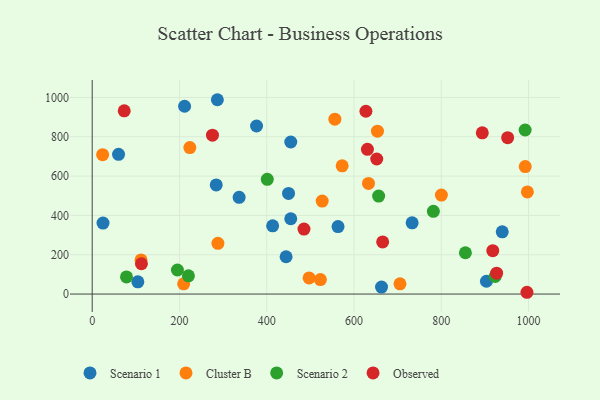
{"axis": {"x": "Ad Spend", "y": "Profit"}, "legend": ["Cluster B", "Observed", "Scenario 1", "Scenario 2"], "data": [{"x": "663.0", "y": 35.5, "type": "Scenario 1"}, {"x": "903.4", "y": 65.2, "type": "Scenario 1"}, {"x": "284.2", "y": 554.8, "type": "Scenario 1"}, {"x": "455.0", "y": 383.0, "type": "Scenario 1"}, {"x": "376.6", "y": 854.6, "type": "Scenario 1"}, {"x": "60.4", "y": 710.5, "type": "Scenario 1"}, {"x": "24.8", "y": 360.9, "type": "Scenario 1"}, {"x": "939.6", "y": 316.5, "type": "Scenario 1"}, {"x": "444.3", "y": 189.8, "type": "Scenario 1"}, {"x": "563.3", "y": 343.0, "type": "Scenario 1"}, {"x": "455.0", "y": 773.4, "type": "Scenario 1"}, {"x": "286.8", "y": 988.3, "type": "Scenario 1"}, {"x": "104.6", "y": 62.1, "type": "Scenario 1"}, {"x": "336.7", "y": 491.9, "type": "Scenario 1"}, {"x": "413.5", "y": 346.9, "type": "Scenario 1"}, {"x": "733.1", "y": 362.5, "type": "Scenario 1"}, {"x": "211.7", "y": 955.2, "type": "Scenario 1"}, {"x": "449.9", "y": 511.7, "type": "Scenario 1"}, {"x": "997.2", "y": 519.5, "type": "Cluster B"}, {"x": "633.1", "y": 562.8, "type": "Cluster B"}, {"x": "497.0", "y": 81.9, "type": "Cluster B"}, {"x": "705.3", "y": 52.3, "type": "Cluster B"}, {"x": "23.9", "y": 709.1, "type": "Cluster B"}, {"x": "556.1", "y": 889.5, "type": "Cluster B"}, {"x": "527.0", "y": 472.8, "type": "Cluster B"}, {"x": "223.7", "y": 745.0, "type": "Cluster B"}, {"x": "209.6", "y": 52.2, "type": "Cluster B"}, {"x": "653.7", "y": 828.5, "type": "Cluster B"}, {"x": "111.9", "y": 173.5, "type": "Cluster B"}, {"x": "288.1", "y": 257.8, "type": "Cluster B"}, {"x": "800.2", "y": 503.2, "type": "Cluster B"}, {"x": "522.9", "y": 73.5, "type": "Cluster B"}, {"x": "572.8", "y": 652.3, "type": "Cluster B"}, {"x": "992.3", "y": 648.4, "type": "Cluster B"}, {"x": "401.2", "y": 583.6, "type": "Scenario 2"}, {"x": "195.3", "y": 122.5, "type": "Scenario 2"}, {"x": "78.6", "y": 87.0, "type": "Scenario 2"}, {"x": "781.8", "y": 420.8, "type": "Scenario 2"}, {"x": "992.1", "y": 834.4, "type": "Scenario 2"}, {"x": "656.4", "y": 498.5, "type": "Scenario 2"}, {"x": "855.2", "y": 210.2, "type": "Scenario 2"}, {"x": "220.5", "y": 93.0, "type": "Scenario 2"}, {"x": "923.3", "y": 89.4, "type": "Scenario 2"}, {"x": "112.9", "y": 154.2, "type": "Observed"}, {"x": "893.9", "y": 819.8, "type": "Observed"}, {"x": "996.2", "y": 9.1, "type": "Observed"}, {"x": "73.4", "y": 931.7, "type": "Observed"}, {"x": "917.9", "y": 220.5, "type": "Observed"}, {"x": "630.7", "y": 736.0, "type": "Observed"}, {"x": "652.0", "y": 686.9, "type": "Observed"}, {"x": "485.3", "y": 330.5, "type": "Observed"}, {"x": "926.7", "y": 106.2, "type": "Observed"}, {"x": "952.0", "y": 795.3, "type": "Observed"}, {"x": "665.6", "y": 264.9, "type": "Observed"}, {"x": "627.2", "y": 929.8, "type": "Observed"}, {"x": "275.6", "y": 808.1, "type": "Observed"}]}